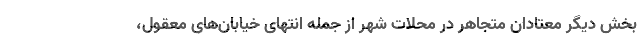
بخش دیگر معتادان متجاهر در محلات شهر از جمله انتهای خیابان‌های معقول،